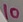
Text: 10